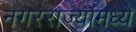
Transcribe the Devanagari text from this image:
नगरराज्यांमध्ये